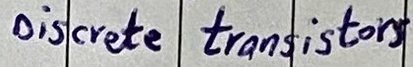
Text: Discrete transistors